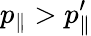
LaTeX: p_{\parallel}>p_{\parallel}^{\prime}